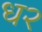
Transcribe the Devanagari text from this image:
ध२